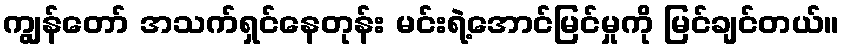
ကျွန်တော် အသက်ရှင်နေတုန်း မင်းရဲ့အောင်မြင်မှုကို မြင်ချင်တယ်။